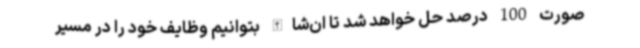
صورت 100 درصد حل خواهد شد تا ان‌شاالله بتوانیم وظایف خود را در مسیر